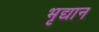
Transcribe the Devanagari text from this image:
भृद्यान